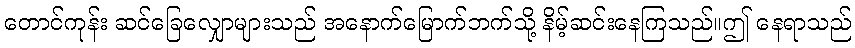
တောင်ကုန်း ဆင်ခြေလျှောများသည် အနောက်မြောက်ဘက်သို့ နိမ့်ဆင်းနေကြသည်။ဤ နေရာသည်